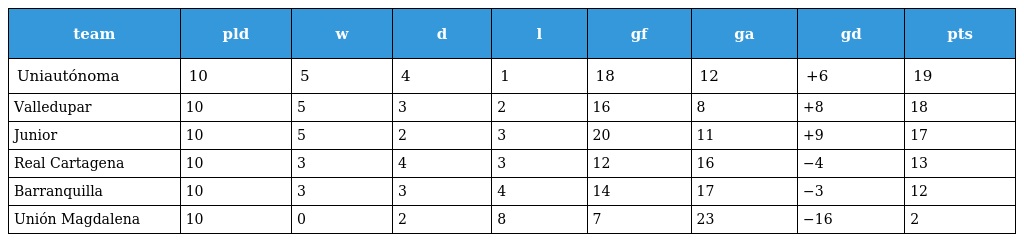
| team | pld | w | d | l | gf | ga | gd | pts |
 | --- | --- | --- | --- | --- | --- | --- | --- | --- |
 | Uniautónoma | 10 | 5 | 4 | 1 | 18 | 12 | +6 | 19 |
 | Valledupar | 10 | 5 | 3 | 2 | 16 | 8 | +8 | 18 |
 | Junior | 10 | 5 | 2 | 3 | 20 | 11 | +9 | 17 |
 | Real Cartagena | 10 | 3 | 4 | 3 | 12 | 16 | −4 | 13 |
 | Barranquilla | 10 | 3 | 3 | 4 | 14 | 17 | −3 | 12 |
 | Unión Magdalena | 10 | 0 | 2 | 8 | 7 | 23 | −16 | 2 |